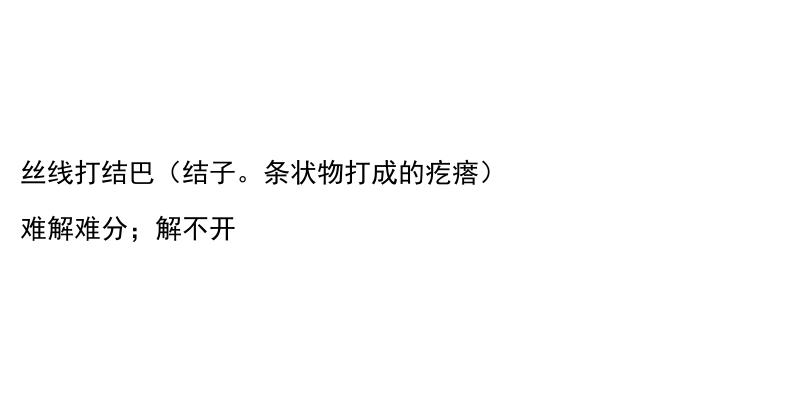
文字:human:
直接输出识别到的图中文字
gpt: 丝线打结巴（结子。条状物打成的疙瘩） 难解难分；解不开